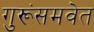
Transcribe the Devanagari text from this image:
गुरूंसमवेत